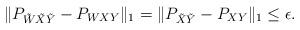
LaTeX: \begin{align*}\| P_{\tilde{W}\tilde{X}\tilde{Y}} - P_{WXY} \|_1 = \| P_{\tilde{X}\tilde{Y}} - P_{XY} \|_1 \le \epsilon.\end{align*}